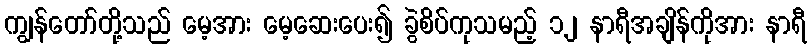
ကျွန်တော်တို့သည် မေ့အား မေ့ဆေးပေး၍ ခွဲစိပ်ကုသမည့် ၁၂ နာရီအချိန်ကိုအား နာရီ